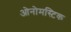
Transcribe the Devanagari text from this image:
ओनोमस्टिक